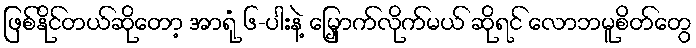
ဖြစ်နိုင်တယ်ဆိုတော့ အာရုံ ၆-ပါးနဲ့ မြှောက်လိုက်မယ် ဆိုရင် လောဘမူစိတ်တွေ